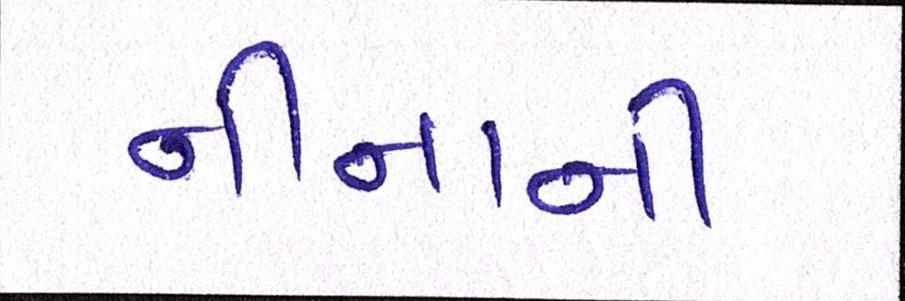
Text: નીનાની